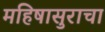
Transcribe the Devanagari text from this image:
महिषासुराचा